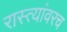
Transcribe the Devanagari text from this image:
रास्त्यांवरच